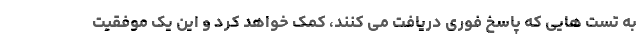
به تست هایی که پاسخ فوری دریافت می کنند، کمک خواهد کرد و این یک موفقیت